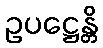
ဥပဋ္ဌေန္တိ